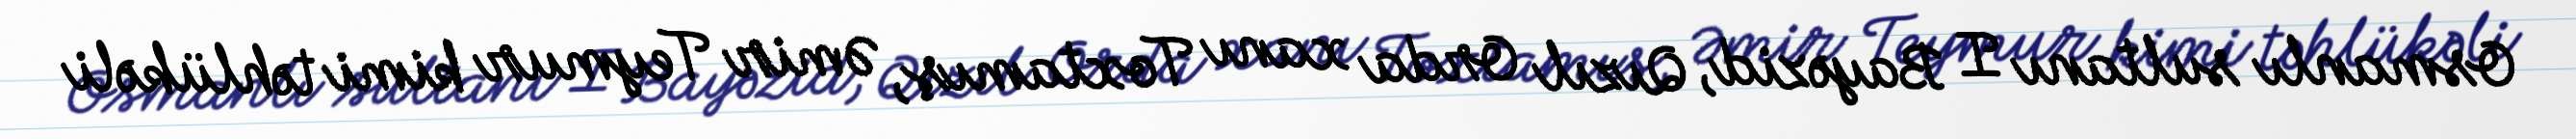
Osmanlı sultanı I Bayəzid, Qızıl Orda xanı Toxtamış, Əmir Teymur kimi təhlükəli